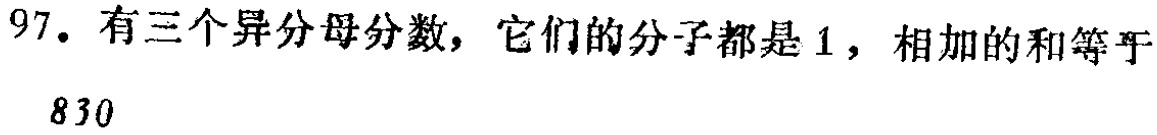
97. 有三个异分母分数，它们的分子都是1，相加的和等于

\frac{8}{30}